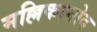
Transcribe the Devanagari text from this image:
मल्लिकामोद